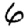
Digit: 6